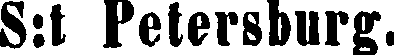
S:t Petersburg.